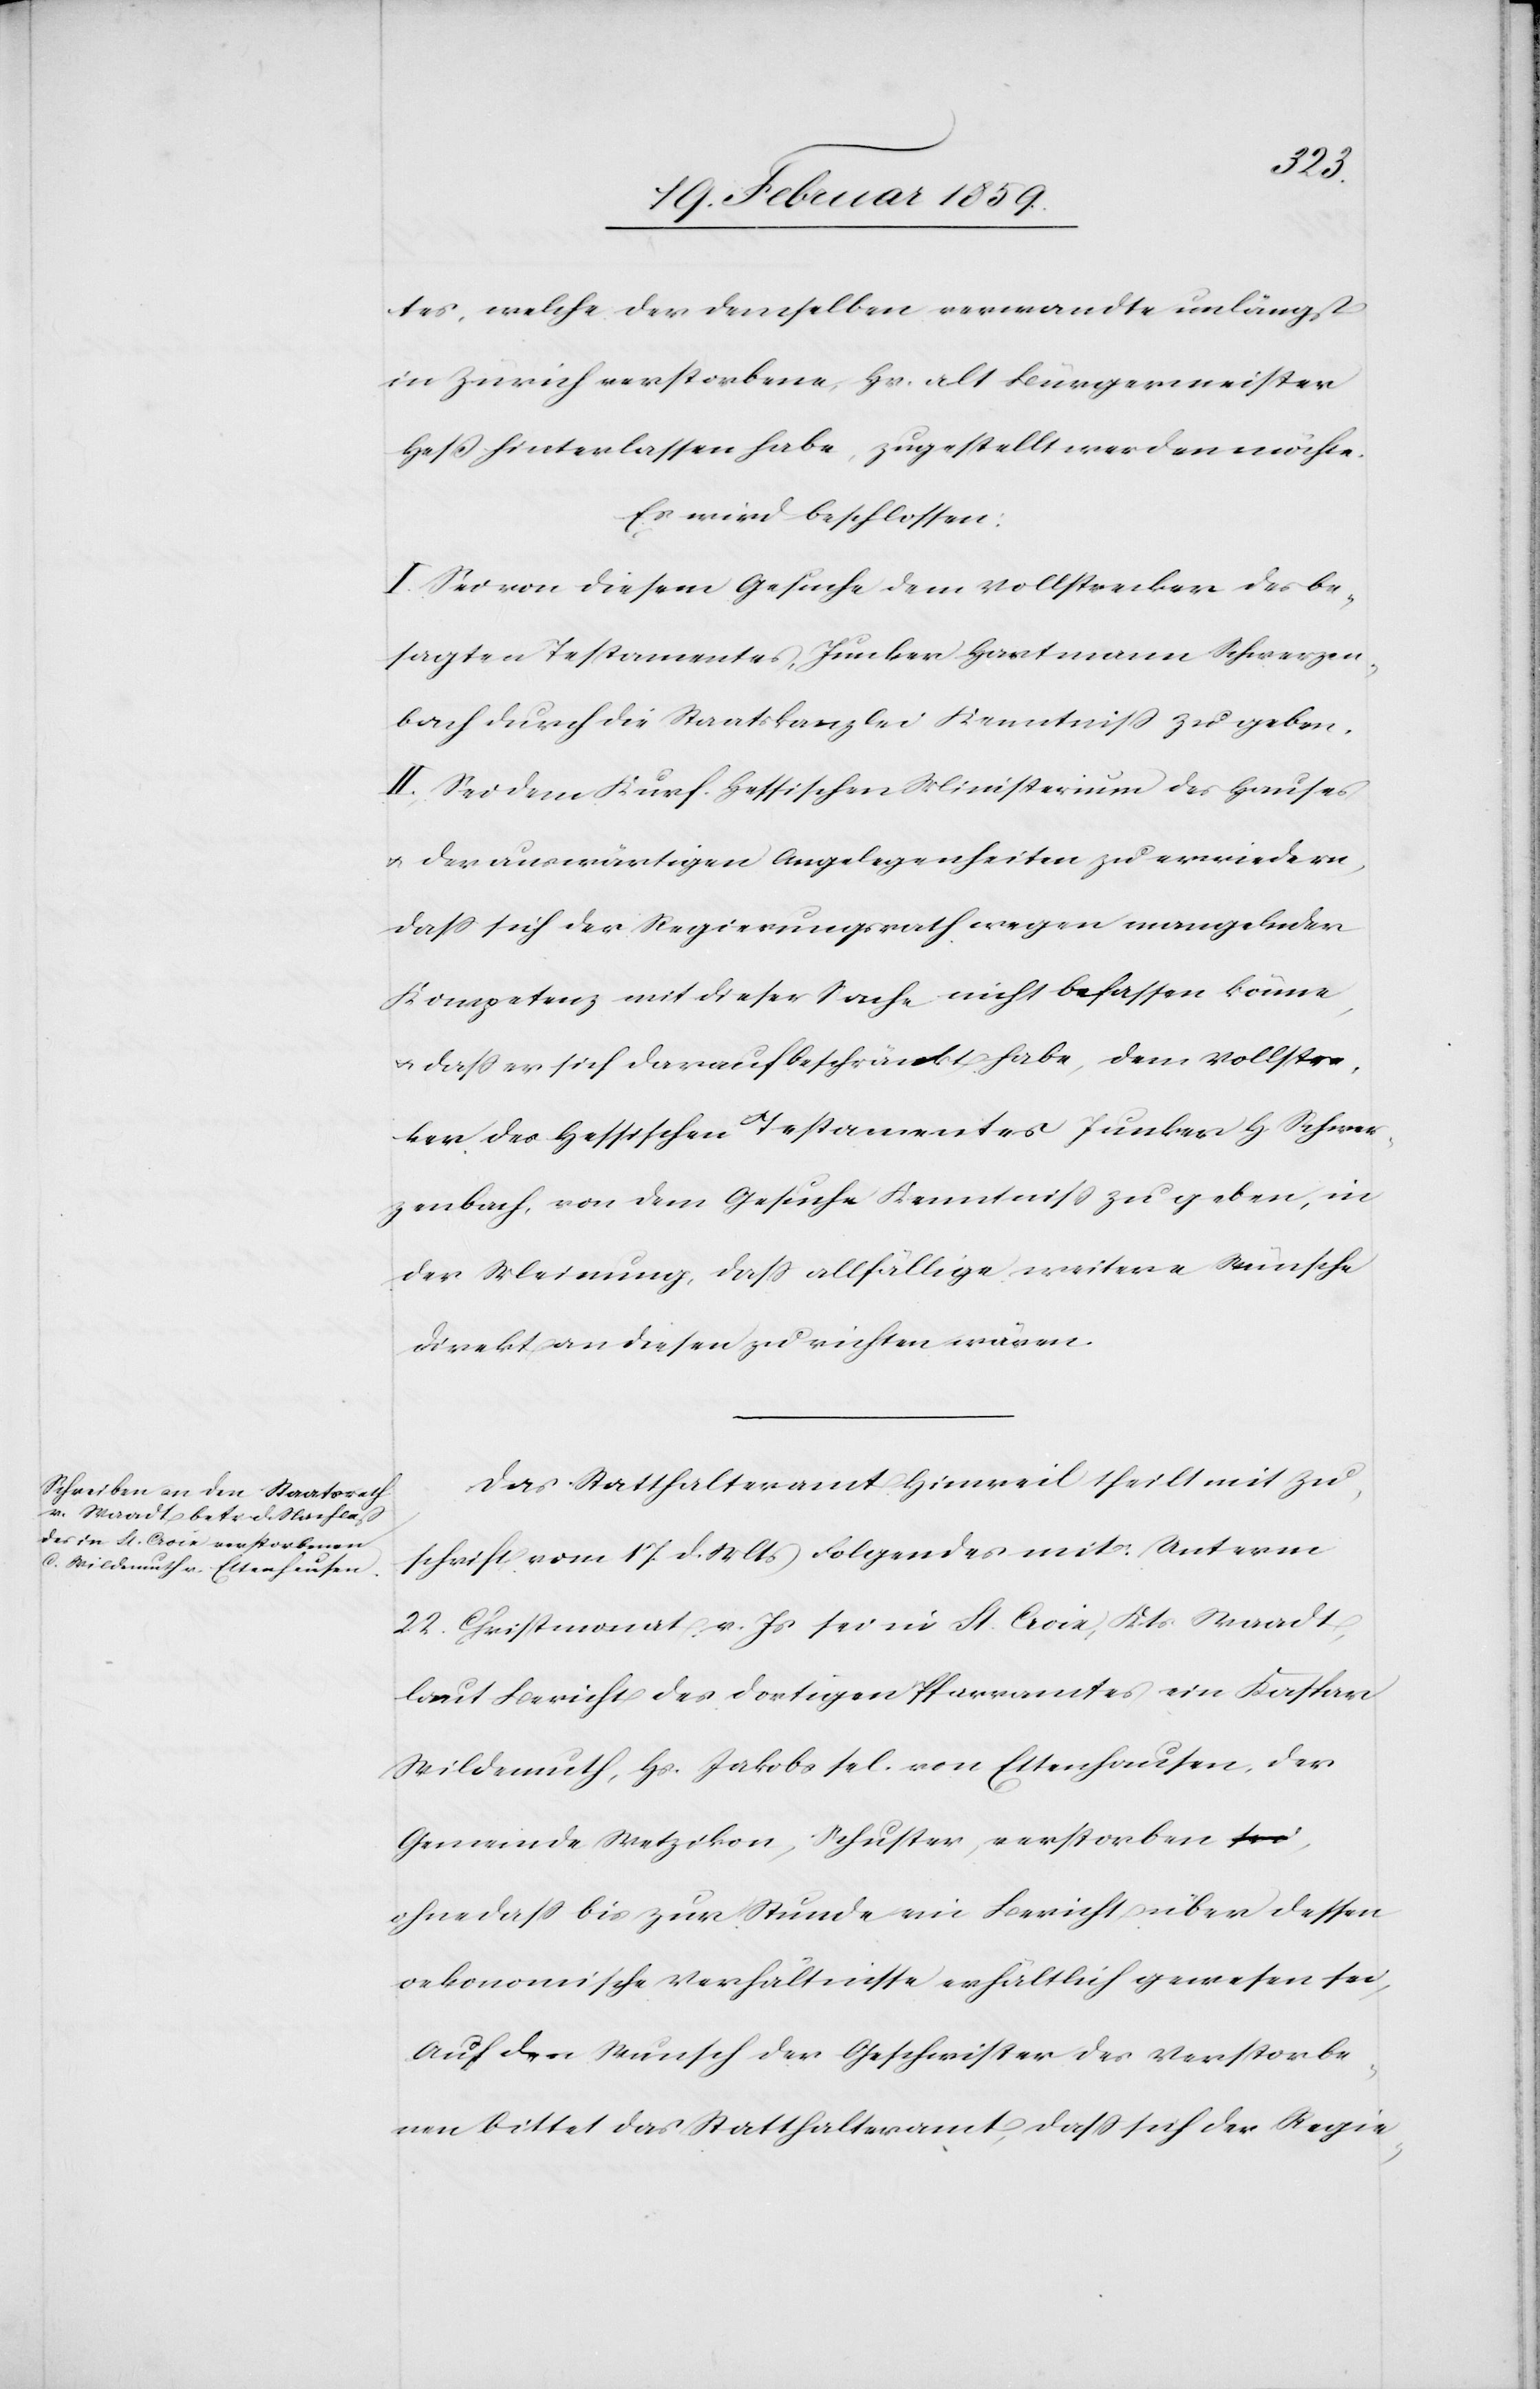
tes, welche der demselben verwandte unlängst
in Zürich verstorbene, Hr. alt Bürgermeister
Heß hinterlassen habe, zugestellt werden möchte.
Es wird beschlossen:
I. Sei von diesem Gesuche dem Vollstrecker des be¬
sagten Testamentes, Junker Hartmann Schwerzen¬
bach durch die Staatskanzlei Kenntniß zu geben.
II. Sei dem Kurf. Hessischen Ministerium des Hauses
u. der auswärtigen Angelegenheiten zu erwiedern,
daß sich der Regierungsrath wegen mangelnder
Kompetenz mit dieser Sache nicht befassen könne,
u. daß er sich darauf beschränkt habe, dem Vollstrec¬
ker des Hessischen Testamentes Junker H. Schwer¬
zenbach, von dem Gesuche Kenntniß zu geben, in
der Meinung, daß allfällige weitere Wünsche
direkt an diesen zu richten wären.
Das Statthalteramt Hinweil theilt mit Zu¬
schrift vom 17. d. Mts Folgendes mit: Unterm
22. Christmonat v. Js sei in St. Croix, Kts Waadt,
laut Bericht des dortigen Pfarramtes ein Kaspar
Wildemuth, Hs. Jakobs sel. von Ettenhausen, der
Gemeinde Wetzikon, Schuster, verstorben,
ohne daß bis zur Stunde ein Bericht über dessen
oekonomische Verhältnisse erhältlich gewesen sei,
Auf den Wunsch der Geschwister des Verstorbe¬
nen bittet das Statthalteramt, daß sich der Regie-